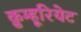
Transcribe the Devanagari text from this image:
क़ुम्हूरियेट